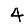
Digit: 4